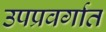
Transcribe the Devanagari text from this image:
उपप्रवर्गात